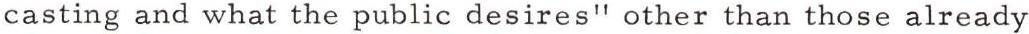
casting and what the public desires" other than those already